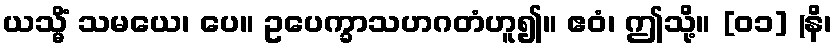
ယသ္မိံ သမယေ၊ ပေ။ ဥပေက္ခာသဟဂတံဟူ၍။ ဧဝံ၊ ဤသို့။ [၀၁] (နိ၊